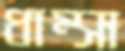
ধাম্‌সা